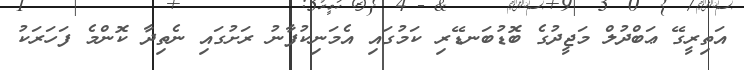
އަތިރީގޭ ޢަބްދުލް މަޖީދުގެ ބޮޑުބަނޑޭރި ކަމުގައި އެމަނިކުފާނު ރަށުގައި ނެތިދާ ކޮންމެ ފަހަރަކު